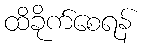
ထိခိုက်စေရန်